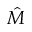
\hat { M }